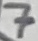
Text: 7